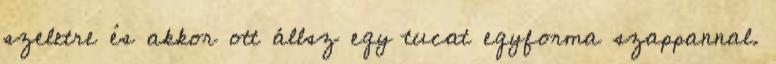
szeletre és akkor ott állsz egy tucat egyforma szappannal.